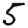
Digit: 5